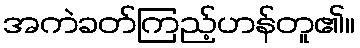
အကဲခတ်ကြည့်ဟန်တူ၏။